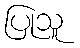
ပြုသူ